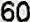
60